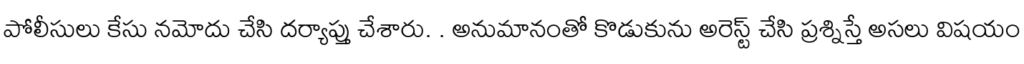
పోలీసులు కేసు నమోదు చేసి దర్యాప్తు చేశారు. . అనుమానంతో కొడుకును అరెస్ట్ చేసి ప్రశ్నిస్తే అసలు విషయం